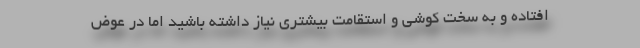
افتاده و به سخت کوشی و استقامت بیشتری نیاز داشته باشید اما در عوض